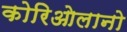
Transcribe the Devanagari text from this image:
कोरिओलानो